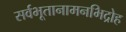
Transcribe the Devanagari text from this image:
सर्वभूतानामनभिद्रोह